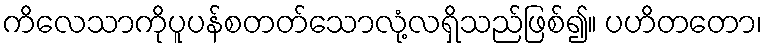
ကိလေသာကိုပူပန်စတတ်သောလုံ့လရှိသည်ဖြစ်၍။ ပဟိတတော၊